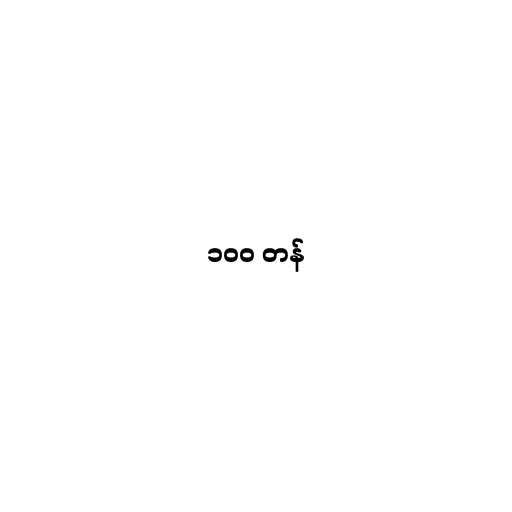
၁၀၀ တန်